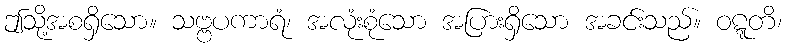
ဤသို့အစရှိသော။ သဗ္ဗပကာရံ၊ အလုံးစုံသော အပြားရှိသော အခင်းသည်။ ဝဋ္ဋတိ၊